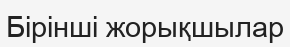
Бірінші жорықшылар